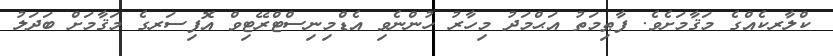
ކްލާރކެއްގެ މަޤާމަށެވެ. ފާޠިމަތު އަޙްމަދު މިހާރު ހުންނެވި އެޑްމިނިސްޓްރޭޓިވް އޮފިސަރގެ މަޤާމަށް ބަދަލު